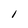
Character: l